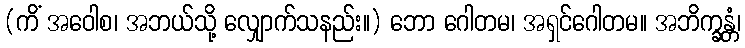
(ကိံ အဝေါစ၊ အဘယ်သို့ လျှောက်သနည်း။) ဘော ဂေါတမ၊ အရှင်ဂေါတမ။ အဘိက္ခန္တံ၊